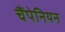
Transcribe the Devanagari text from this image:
चैंपेनियन